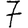
Digit: 7